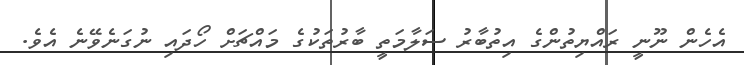
އެހެން ނޫނީ ރައްޔިތުންގެ އިތުބާރު ސަލާމަތީ ބާރުތަކުގެ މައްޗަށް ހޯދައި ނުގަނެވޭނެ އެވެ.